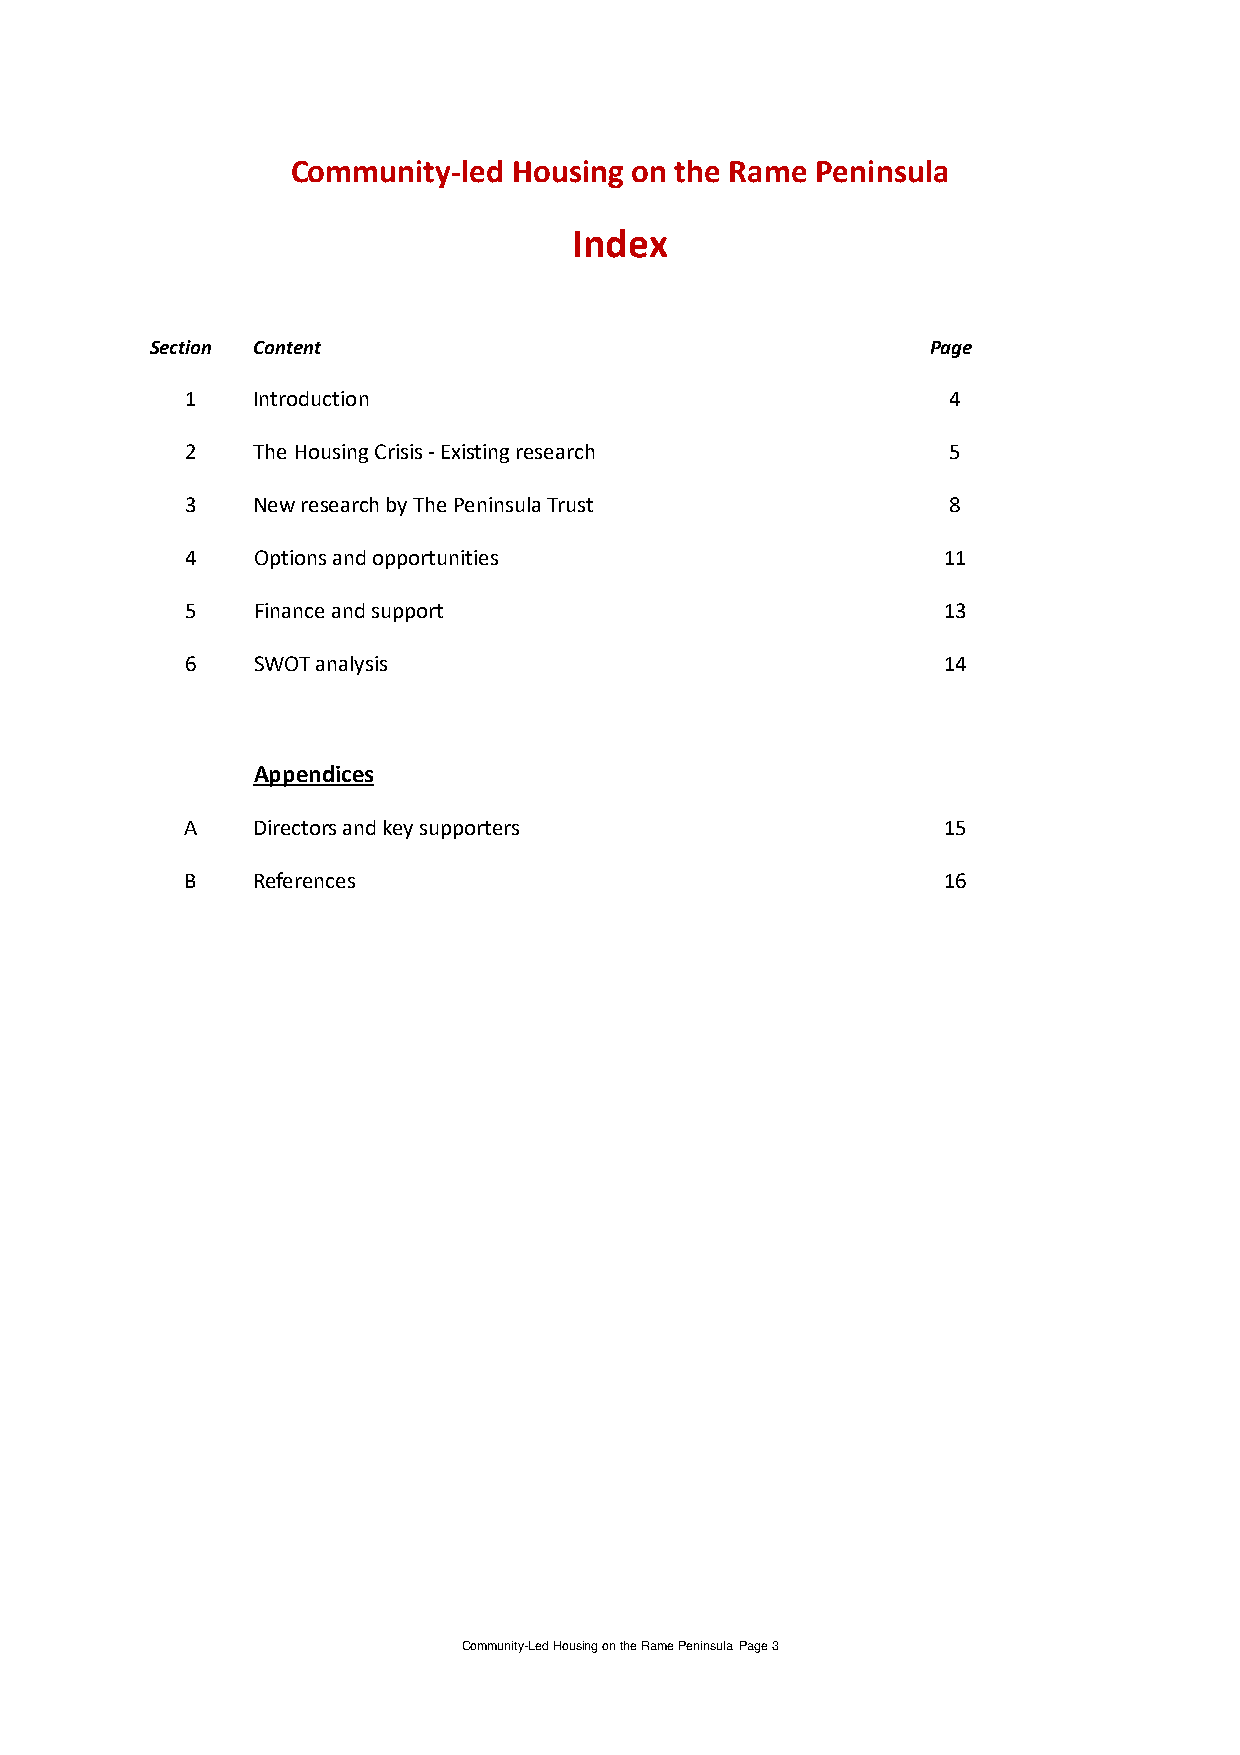
Community-led  Housing on the Rame Peninsula
 Index
 Section Content                                     Page
 1    Introduction                                  4
 2    The Housing Crisis - Existing research        5
 3    New research by The Peninsula Trust           8
 4    Options and opportunities                    11
 5    Finance and support                          13
 6    SWOT analysis                                14
 Appendices
 A    Directors and key supporters                 15
 B    References                                   16
 Community-Led Housing on the Rame Peninsula Page 3